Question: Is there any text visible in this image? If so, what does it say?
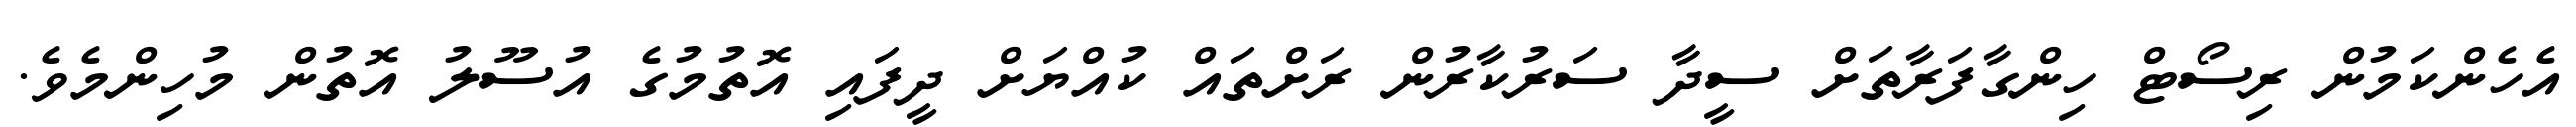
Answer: އެހެންކަމުން ރިސޯޓް ހިންގާފަރާތަށް ސީދާ ސަރުކާރުން ރަށްތައް ކުއްޔަށް ދީފައި އޮތުމުގެ އުސޫލު އޮތުން މުހިންމެވެ.